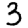
Digit: 3